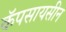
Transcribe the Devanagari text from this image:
कॅपसायसीन